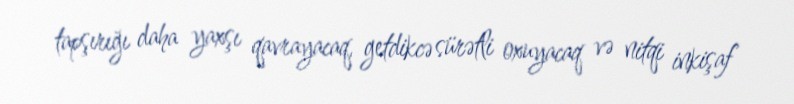
tapşırığı daha yaxşı qavrayacaq, getdikcə sürətli oxuyacaq və nitqi inkişaf